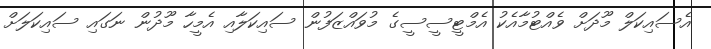
އެސައިކަލް މޫދަށް ވެއްޓުމާއެކު އެމްޓީސީސީގެ މުވައްޒަފުން ސައިކަލާއި އެމީހާ މޫދުން ނަގައި ސައިކަލަށް